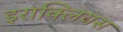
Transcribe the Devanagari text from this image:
इराक्लियस